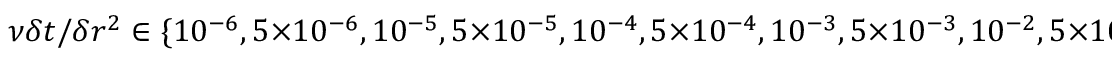
\nu \delta t / \delta r ^ { 2 } \in \{ 1 0 ^ { - 6 } , 5 \times 1 0 ^ { - 6 } , 1 0 ^ { - 5 } , 5 \times 1 0 ^ { - 5 } , 1 0 ^ { - 4 } , 5 \times 1 0 ^ { - 4 } , 1 0 ^ { - 3 } , 5 \times 1 0 ^ { - 3 } , 1 0 ^ { - 2 } , 5 \times 1 0 ^ { - 2 } , 0 . 1 , 0 . 5 , 1 , 1 . 1 , 1 . 2 \}